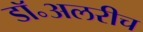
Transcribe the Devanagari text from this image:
डॉ॰अलरीच